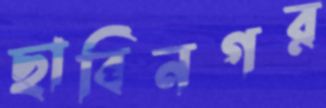
ছাবিনগর